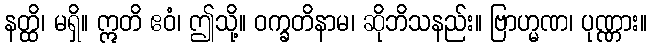
နတ္ထိ၊ မရှိ။ ဣတိ ဧဝံ၊ ဤသို့။ ဝက္ခတိနာမ၊ ဆိုဘိသနည်း။ ဗြာဟ္မဏ၊ ပုဏ္ဏား။